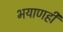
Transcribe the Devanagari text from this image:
भयाणही